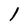
Character: l